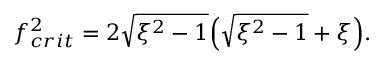
f _ { c r i t } ^ { 2 } = 2 \sqrt { \xi ^ { 2 } - 1 } \Bigl ( \sqrt { \xi ^ { 2 } - 1 } + \xi \Bigr ) .